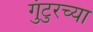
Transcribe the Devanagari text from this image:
गुंटुरच्या